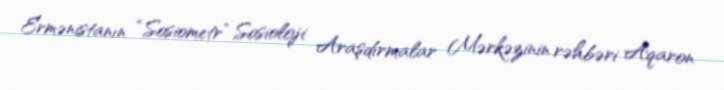
Ermənistanın “Sosiometr” Sosioloji Araşdırmalar Mərkəzinin rəhbəri Aqaron